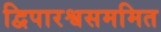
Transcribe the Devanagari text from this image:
द्विपारश्वसममित